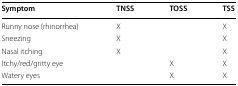
<table><thead><tr><td><b>Symptom</b></td><td><b>TNSS</b></td><td><b>TOSS</b></td><td><b>TSS</b></td></tr></thead><tbody><tr><td>Runny nose (rhinorrhea)</td><td>X</td><td></td><td>X</td></tr><tr><td>Sneezing</td><td>X</td><td></td><td>X</td></tr><tr><td>Nasal itching</td><td>X</td><td></td><td>X</td></tr><tr><td>Itchy/red/gritty eye</td><td></td><td>X</td><td>X</td></tr><tr><td>Watery eyes</td><td></td><td>X</td><td>X</td></tr></tbody></table>